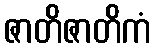
ဇာတိဇာတိကံ